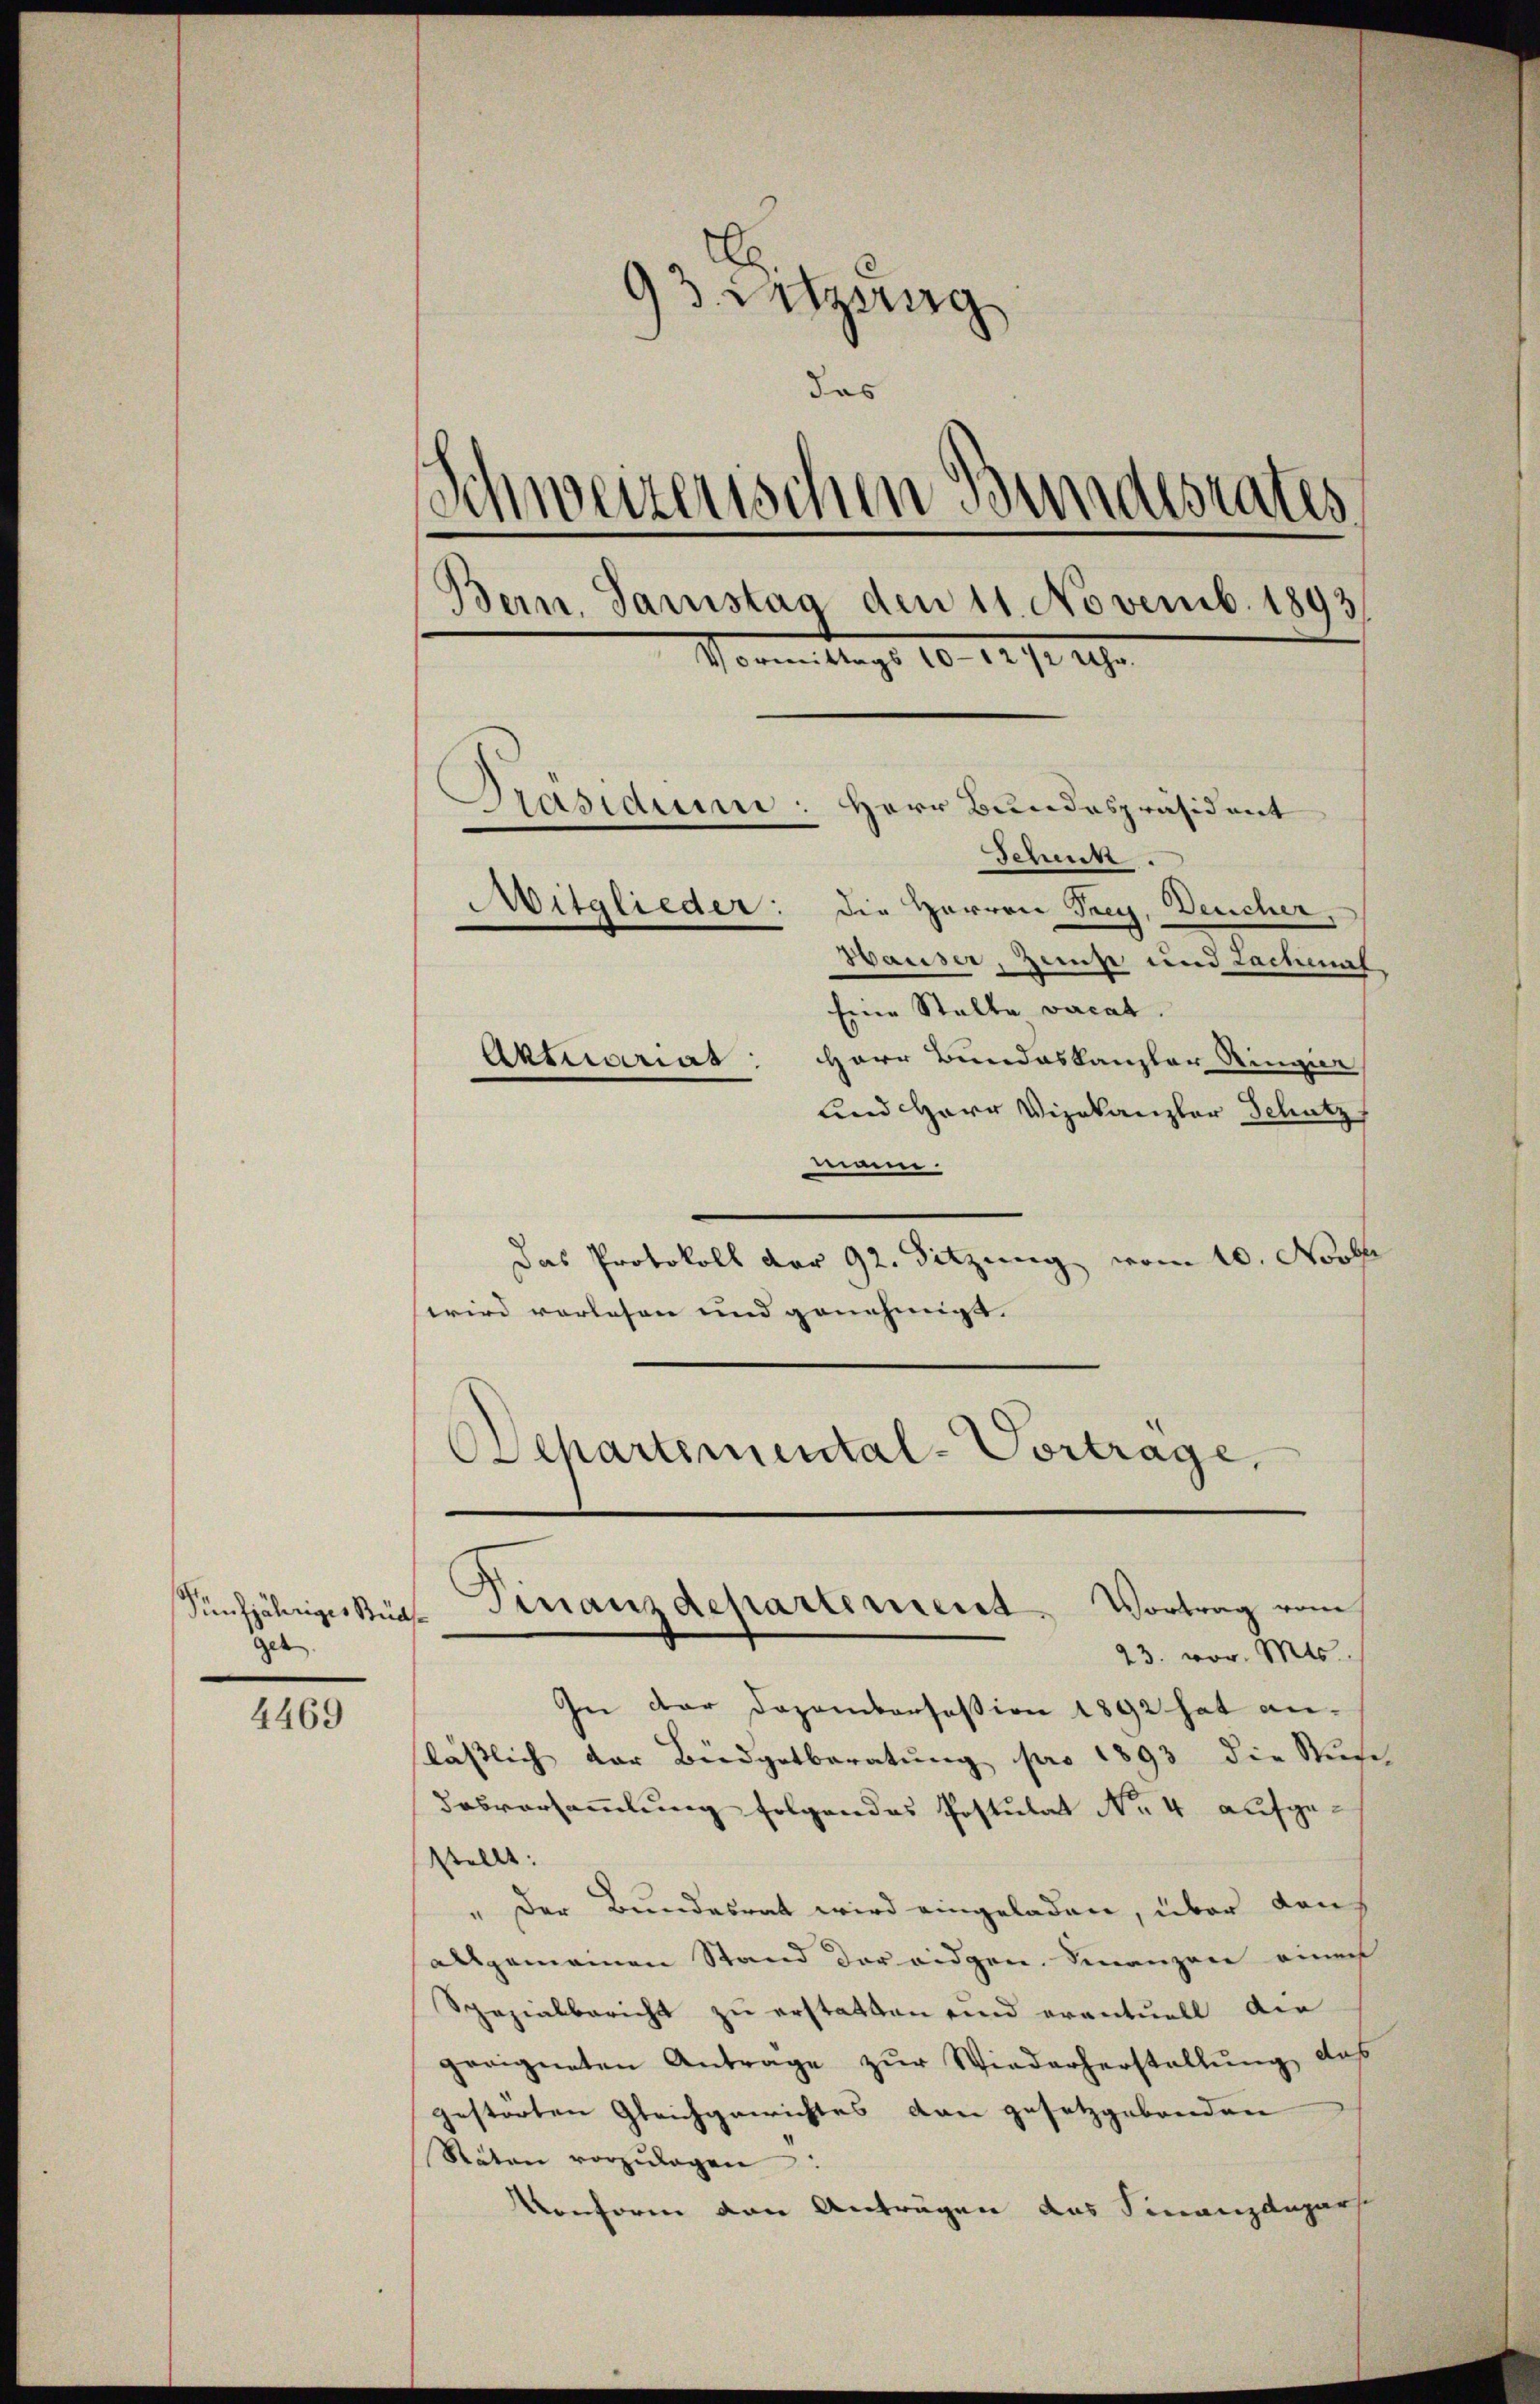
Pünfjähriges Stüc
geb.

4469

93. Sitzung
das
Schweizerischen Bundesrates
Bern, Samstag den 11. Novemb. 1893
Icon tags 10. 127. 1890.
Präsidium: Herr Bundespräsident
Jchett
Mitglieder: die Herren Frey, Deucher,
Hauser, Zunft und Lachmal
Eine Stalle vacat.
Aktuariat: Herr Bundeskanzler Ringie
und Herr Vizekanzler Schutz

nmme.
Das Protokoll der 92. Sitzung vom 10. Novbr
wird verlesen und genehmigt. |
Departemental-Vortrage,

Finanzdepartement. Vortrag vom
23. vor. Mts.

In der Dozamborsession 1892 hat anlässlich der Budgetberatung pro 1893 die Stufe
Dasversammlung folgendes Postulat No 4 aufge¬
Stelle. |
" Der Bundesrat wird eingeladen, über den
allgemeinen Stand der eidgen. Finanzen einer
Spezialbericht zu erstatten und eventuell die
geeigneten Antrage zŭr Wiederherstellung, das
gestorten Gleichgewichtes den gesetzgebenden
Stäten vorzŭlagen:
Konform von Anträgen das Finanzdepart